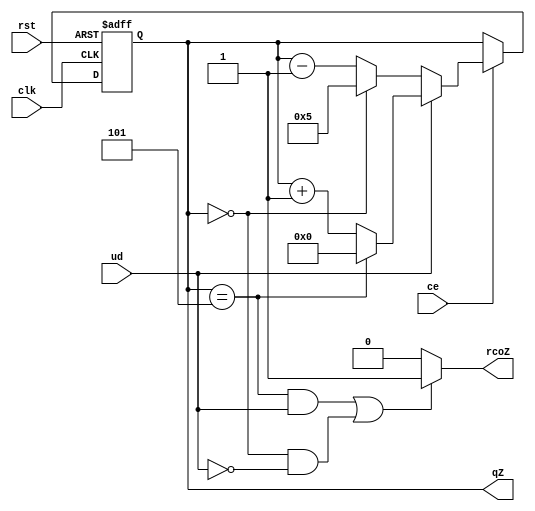
`timescale 1ns / 1ps


module cnt_Z(
    input clk,rst,ud,
    input ce,
    output rcoZ,
    output reg [3:0]qZ
    );
    
    
       always@(posedge clk,posedge rst)
    begin
    if(rst)
        qZ<=0;
        else if(ce)
            if(ud)
            begin    
                if(qZ==5)
                qZ<=0;
        else
        qZ<=qZ+1;
            end
        else
            if(qZ==0)
            qZ<=5;
            else
            qZ<=qZ-1;
    end           
    
    assign rcoZ=((qZ==5&&ud)||(qZ==0&&ud==0))?1:0;

   
endmodule